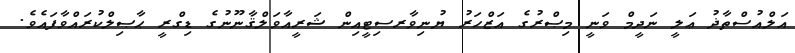
އަލްއުސްތާޛު ޢަލީ ނަދީމް ވަނީ މިޞްރުގެ އަޒްހަރު ޔުނިވާރސިޓީއިން ޝަރީއާވަލްޤާނޫނުގެ ޑިގްރީ ޙާޞިލްކުރައްވާފައެވެ.